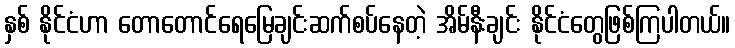
နှစ် နိုင်ငံဟာ တောတောင်ရေမြေချင်းဆက်စပ်နေတဲ့ အိမ်နီးချင်း နိုင်ငံတွေဖြစ်ကြပါတယ်။